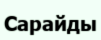
Сарайды